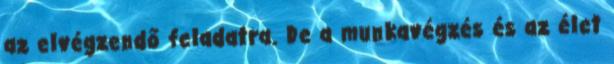
az elvégzendő feladatra. De a munkavégzés és az élet